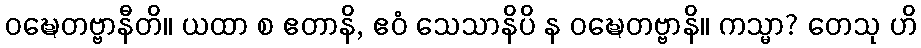
ဝဍ္ဎေတဗ္ဗာနီတိ။ ယထာ စ ဧတာနိ, ဧဝံ သေသာနိပိ န ဝဍ္ဎေတဗ္ဗာနိ။ ကသ္မာ? တေသု ဟိ